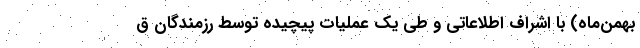
بهمن‌ماه) با اشراف اطلاعاتی و طی یک عملیات پیچیده توسط رزمندگان ق